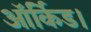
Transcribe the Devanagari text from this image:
ऑर्किड।